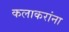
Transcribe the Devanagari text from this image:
कलाकरांना